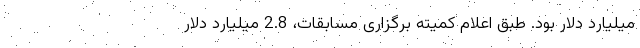
میلیارد دلار بود. طبق اعلام کمیته برگزاری مسابقات، 2.8 میلیارد دلار